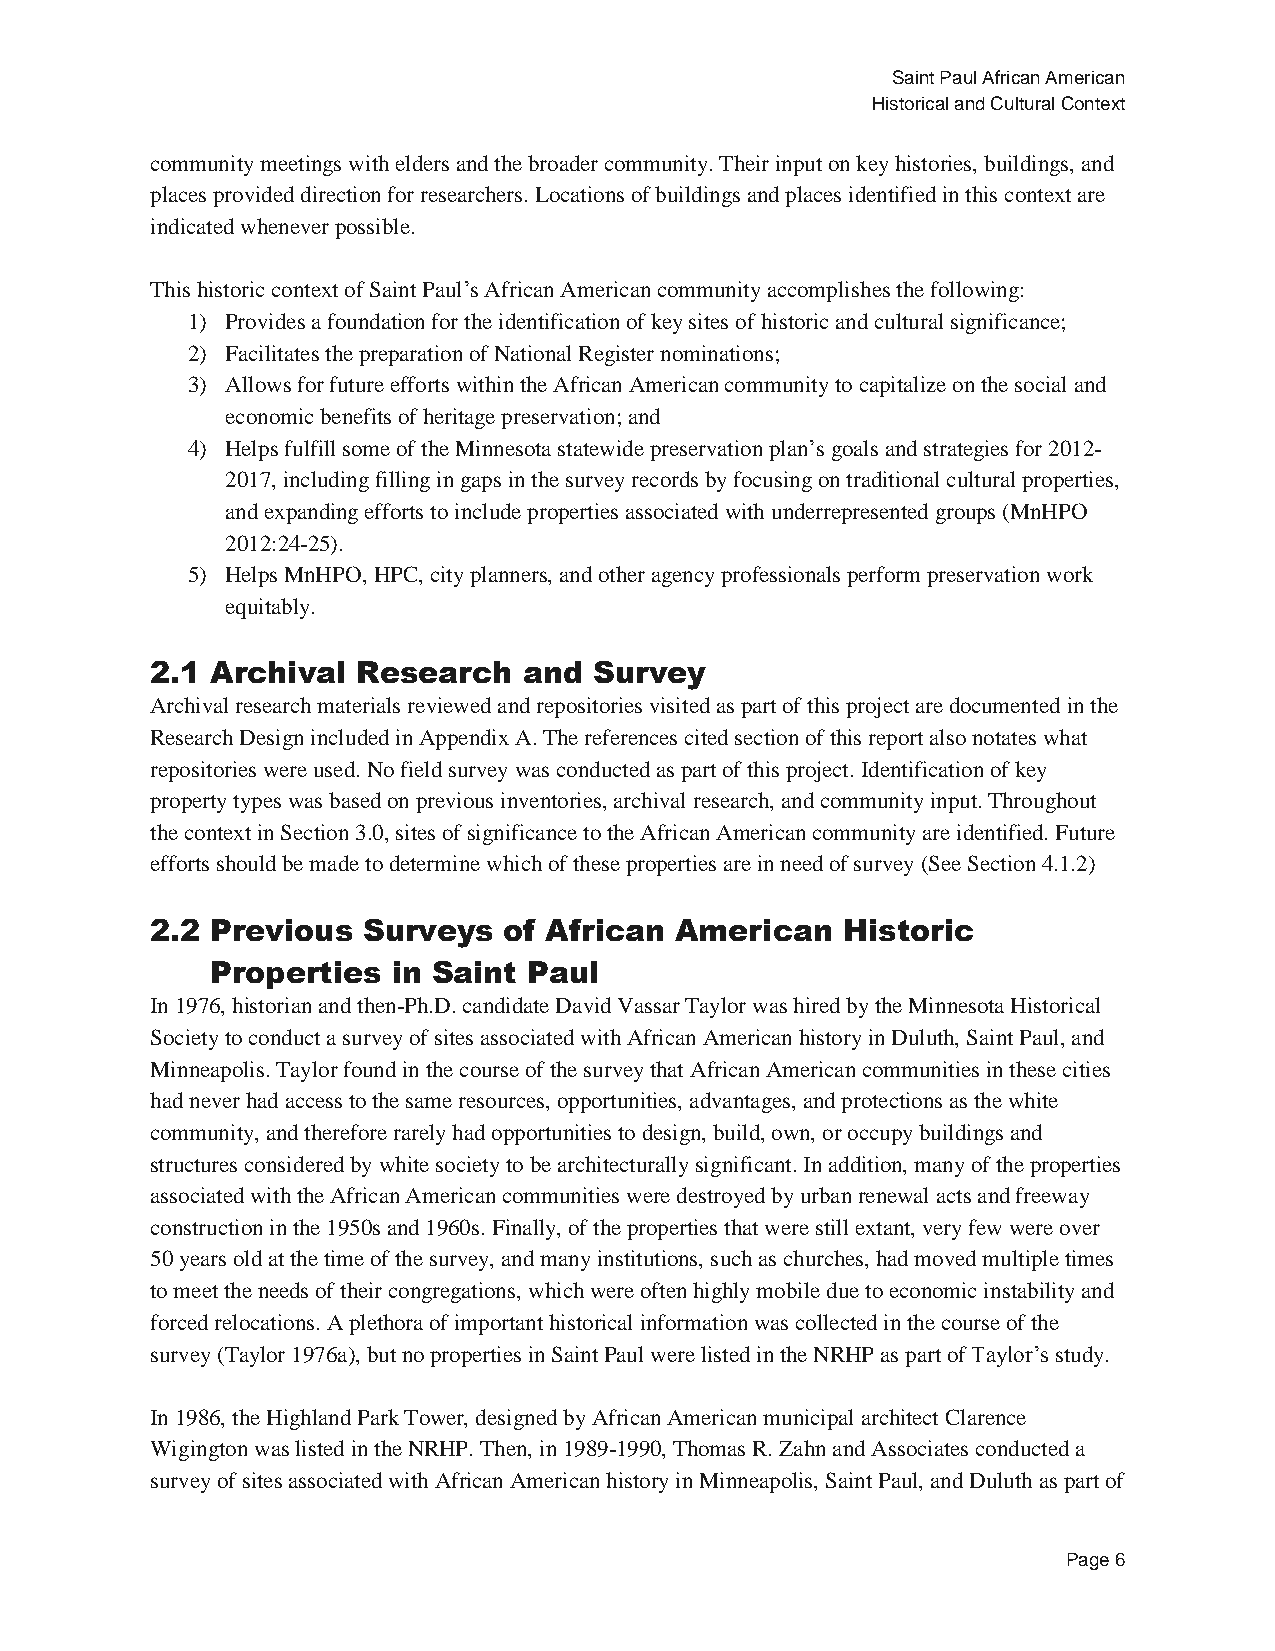
Saint Paul African American
 Historical and Cultural Context
 community meetings with elders and the broader community. Their input on key histories, buildings, and
 places provided direction for researchers. Locations of buildings and places identified in this context are
 indicated whenever possible.
 This historic context of Saint Paul’s African American community accomplishes the following:
 1) Provides a foundation for the identification of key sites of historic and cultural significance;
 2) Facilitates the preparation of National Register nominations;
 3) Allows for future efforts within the African American community to capitalize on the social and
 economic benefits of heritage preservation; and
 4) Helps fulfill some of the Minnesota statewide preservation plan’s goals and strategies for 2012-
 2017, including filling in gaps in the survey records by focusing on traditional cultural properties,
 and expanding efforts to include properties associated with underrepresented groups (MnHPO
 2012:24-25).
 5) Helps MnHPO, HPC, city planners, and other agency professionals perform preservation work
 equitably.
 2.1 Archival  Research   and Survey
 Archival research materials reviewed and repositories visited as part of this project are documented in the
 Research Design included in Appendix A. The references cited section of this report also notates what
 repositories were used. No field survey was conducted as part of this project. Identification of key
 property types was based on previous inventories, archival research, and community input. Throughout
 the context in Section 3.0, sites of significance to the African American community are identified. Future
 efforts should be made to determine which of these properties are in need of survey (See Section 4.1.2)
 2.2 Previous  Surveys  of African  American   Historic
 Properties  in Saint Paul
 In 1976, historian and then-Ph.D. candidate David Vassar Taylor was hired by the Minnesota Historical
 Society to conduct a survey of sites associated with African American history in Duluth, Saint Paul, and
 Minneapolis. Taylor found in the course of the survey that African American communities in these cities
 had never had access to the same resources, opportunities, advantages, and protections as the white
 community, and therefore rarely had opportunities to design, build, own, or occupy buildings and
 structures considered by white society to be architecturally significant. In addition, many of the properties
 associated with the African American communities were destroyed by urban renewal acts and freeway
 construction in the 1950s and 1960s. Finally, of the properties that were still extant, very few were over
 50 years old at the time of the survey, and many institutions, such as churches, had moved multiple times
 to meet the needs of their congregations, which were often highly mobile due to economic instability and
 forced relocations. A plethora of important historical information was collected in the course of the
 survey (Taylor 1976a), but no properties in Saint Paul were listed in the NRHP as part of Taylor’s study.
 In 1986, the Highland Park Tower, designed by African American municipal architect Clarence
 Wigington was listed in the NRHP. Then, in 1989-1990, Thomas R. Zahn and Associates conducted a
 survey of sites associated with African American history in Minneapolis, Saint Paul, and Duluth as part of
 Page 6